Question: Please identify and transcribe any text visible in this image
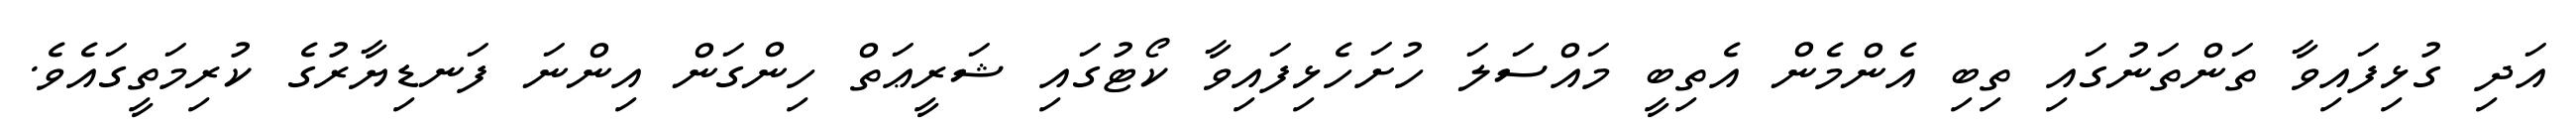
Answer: އަދި ގުޅިފައިވާ ތަންތަނުގައި ތިބި އެންމެން އެތިބީ މައްސަލަ ހުށަހެޅިފައިވާ ކޯޓުގައި ޝަރީޢަތް ހިންގަން އިންނަ ފަނޑިޔާރުގެ ކުރިމަތީގައެވެ.